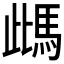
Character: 𩢑